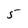
Character: 5